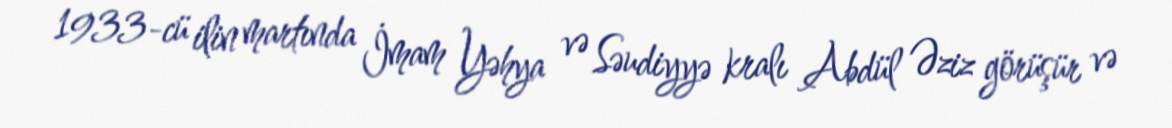
1933-cü ilin martında İmam Yəhya və Səudiyyə kralı Abdül Əziz görüşür və